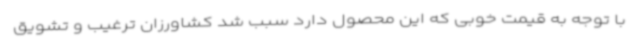
با توجه به قیمت خوبی که این محصول دارد سبب شد کشاورزان ترغیب و تشویق